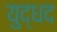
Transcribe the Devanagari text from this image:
युद्धद